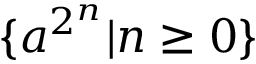
\{ a ^ { 2 ^ { n } } | n \geq 0 \}